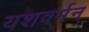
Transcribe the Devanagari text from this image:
यशवर्मन